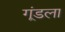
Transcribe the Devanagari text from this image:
गूंडला